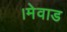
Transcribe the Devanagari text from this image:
।मेवाड